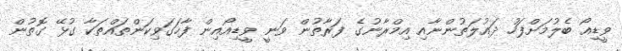
ވީޑިއޯ ބެލުމަށްފަހު ދައުލަތުންނާއި އިމްރާނުގެ ފަރާތުން ވަނީ ވީޑިއޯއިން ފާހަގަވިކަންތައްތަކާ ގުޅޭ ގޮތުން